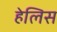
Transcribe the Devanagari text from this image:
हेलिस